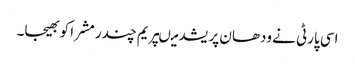
اسی پارٹی نے ودھان پریشد میںپریم چندر مشرا کو بھیجا۔